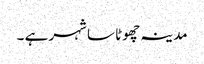
مدینہ چھوٹا سا شہر ہے ۔